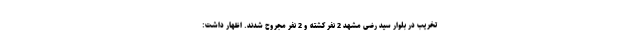
تخریب در بلوار سید رضی مشهد 2 نفر کشته و 2 نفر مجروح شدند. اظهار داشت: